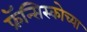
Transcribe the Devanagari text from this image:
फ्रॅन्सिस्कोच्या